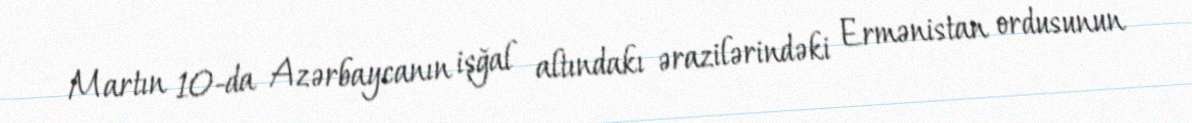
Martın 10-da Azərbaycanın işğal altındakı ərazilərindəki Ermənistan ordusunun